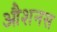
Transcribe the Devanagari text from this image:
औशनस